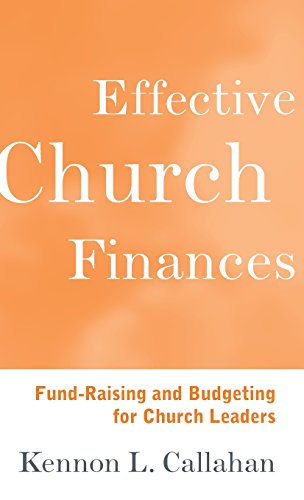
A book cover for Effective Church Finances: Fund-Raising and Budgeting for Church Leaders; Kennon L. Callahan; Christian Books & Bibles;